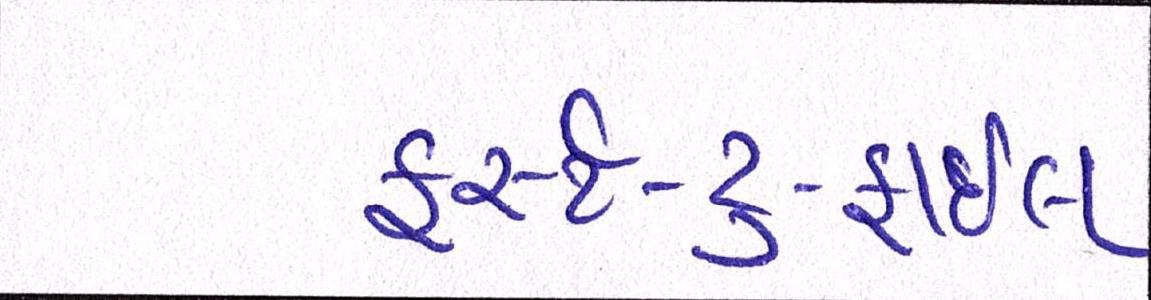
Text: ફર્સ્ટ-ટુ-ફાઇલ